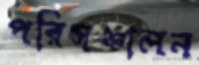
পরিসঞ্চালন